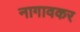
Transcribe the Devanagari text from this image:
नागावकर